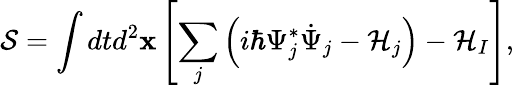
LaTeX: \mathcal{S}=\int dtd^{2}\mathbf{x}\left[\sum_{j}\left(i\hbar\Psi_{j}^{*}\dot{\Psi}_{j}-\mathcal{H}_{j}\right)-\mathcal{H}_{I}\right],